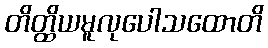
တိတ္ထိယမူလုပေါသထောတိ